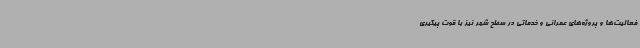
فعالیت‌ها و پروژه‌های عمرانی و خدماتی در سطح شهر نیز با قوت پیگیری